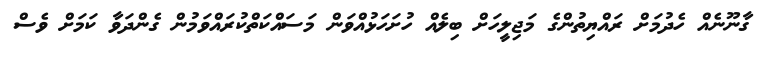
ގާނޫނެއް ހެދުމަށް ރައްޔިތުންގެ މަޖިލީހަށް ބިލެއް ހުށަހަޅުއްވަން މަސައްކަތްކުރައްވަމުން ގެންދަވާ ކަމަށް ވެސް